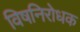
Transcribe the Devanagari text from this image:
विषनिरोधक